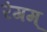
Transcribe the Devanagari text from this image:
रंगम्